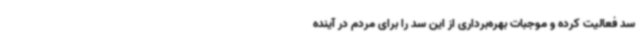
سد فعالیت کرده و موجبات بهره‌برداری از این سد را برای مردم در آینده